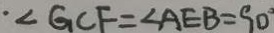
\cdot \angle G C F = \angle A E B = 9 0 ^ { \circ }